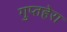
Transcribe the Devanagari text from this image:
गुप्तहेरा